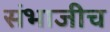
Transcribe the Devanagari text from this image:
संभाजीच